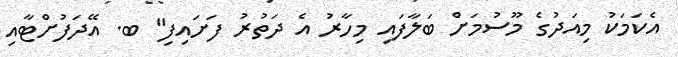
އެކަމަކު މިއަދުގެ މޫސުމަށް ބަލާފައި މިހާރު އެ ދަތުރު ފަށައިފި" ބ. އޭދަފުށްޓާއި